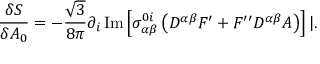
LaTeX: \frac { \delta S } { \delta A _ { 0 } } = - \frac { \sqrt { 3 } } { 8 \pi } \partial _ { i } \, \mathrm { I m } \left[ \sigma _ { \alpha \beta } ^ { 0 i } \left( D ^ { \alpha \beta } { \cal F } ^ { \prime } + { \cal F } ^ { \prime \prime } D ^ { \alpha \beta } { \cal A } \right) \right] | .